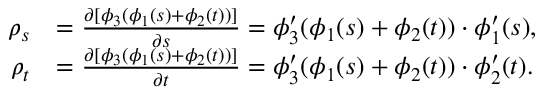
\begin{array} { r l } { \rho _ { s } } & { = \frac { \partial [ \phi _ { 3 } ( \phi _ { 1 } ( s ) + \phi _ { 2 } ( t ) ) ] } { \partial s } = \phi _ { 3 } ^ { \prime } ( \phi _ { 1 } ( s ) + \phi _ { 2 } ( t ) ) \cdot \phi _ { 1 } ^ { \prime } ( s ) , } \\ { \rho _ { t } } & { = \frac { \partial [ \phi _ { 3 } ( \phi _ { 1 } ( s ) + \phi _ { 2 } ( t ) ) ] } { \partial t } = \phi _ { 3 } ^ { \prime } ( \phi _ { 1 } ( s ) + \phi _ { 2 } ( t ) ) \cdot \phi _ { 2 } ^ { \prime } ( t ) . } \end{array}